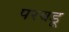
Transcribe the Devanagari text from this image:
परवडू